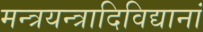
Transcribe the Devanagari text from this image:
मन्त्रयन्त्रादिविद्यानां